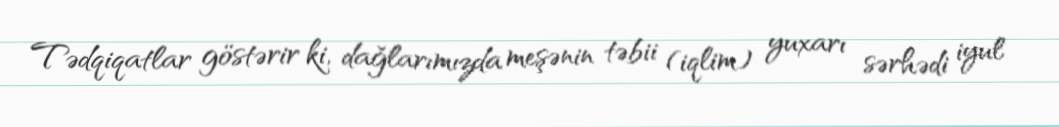
Tədqiqatlar göstərir ki, dağlarımızda meşənin təbii (iqlim) yuxarı sərhədi iyul